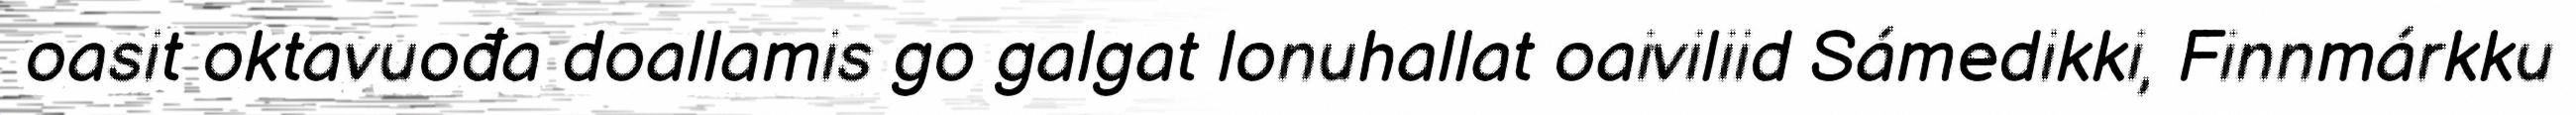
oasit oktavuođa doallamis go galgat lonuhallat oaiviliid Sámedikki, Finnmárkku